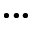
\bullet \bullet \bullet